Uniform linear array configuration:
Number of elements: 8
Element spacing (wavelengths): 0.75
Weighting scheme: cosine
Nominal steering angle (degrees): -30
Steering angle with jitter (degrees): -29.714
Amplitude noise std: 0.05
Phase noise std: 0.05

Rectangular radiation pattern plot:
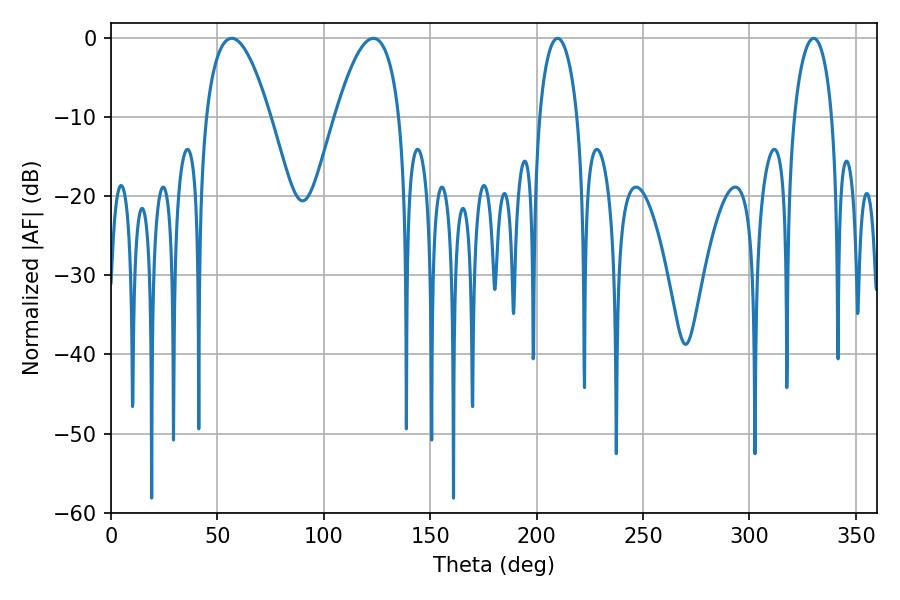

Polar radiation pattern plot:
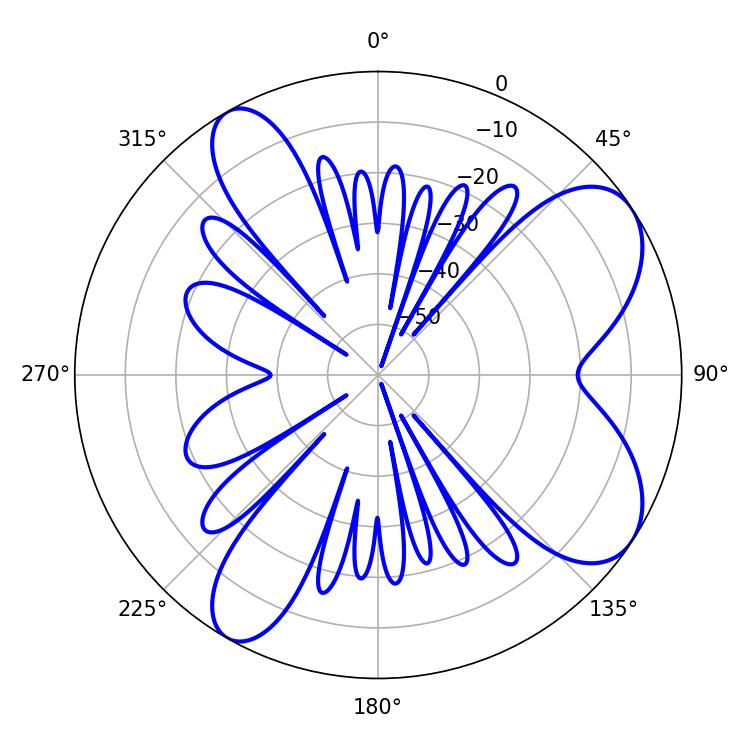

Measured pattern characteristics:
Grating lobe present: TRUE
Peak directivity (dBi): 7.737
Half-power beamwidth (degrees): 16.74
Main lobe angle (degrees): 56.7